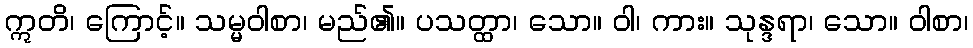
ဣတိ၊ ကြောင့်။ သမ္မဝါစာ၊ မည်၏။ ပသတ္ထာ၊ သော။ ဝါ၊ ကား။ သုန္ဒရာ၊ သော။ ဝါစာ၊